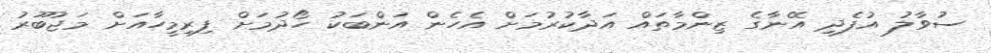
ސުވާލު އުފެދި އޭނާގެ ޒިންމާތައް އަދާކުރުމަށް އެހެން އަންބަކު ހޯދުމަށް ފިރިމީހާއަށް މަޖުބޫރު